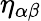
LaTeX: \eta_{\alpha\beta}